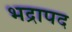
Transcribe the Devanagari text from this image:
भद्रापद